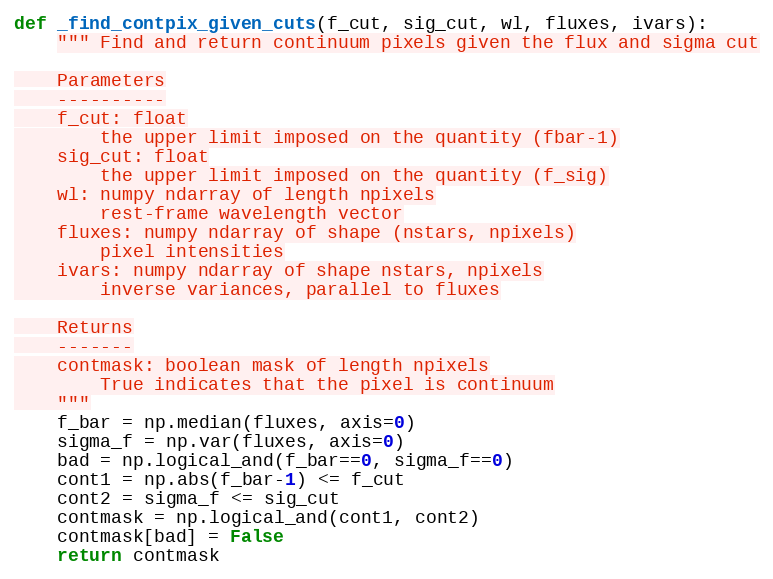
Language: Python
def _find_contpix_given_cuts(f_cut, sig_cut, wl, fluxes, ivars):
    """ Find and return continuum pixels given the flux and sigma cut

    Parameters
    ----------
    f_cut: float
        the upper limit imposed on the quantity (fbar-1)
    sig_cut: float
        the upper limit imposed on the quantity (f_sig)
    wl: numpy ndarray of length npixels
        rest-frame wavelength vector
    fluxes: numpy ndarray of shape (nstars, npixels)
        pixel intensities
    ivars: numpy ndarray of shape nstars, npixels
        inverse variances, parallel to fluxes

    Returns
    -------
    contmask: boolean mask of length npixels
        True indicates that the pixel is continuum
    """
    f_bar = np.median(fluxes, axis=0)
    sigma_f = np.var(fluxes, axis=0)
    bad = np.logical_and(f_bar==0, sigma_f==0)
    cont1 = np.abs(f_bar-1) <= f_cut
    cont2 = sigma_f <= sig_cut
    contmask = np.logical_and(cont1, cont2)
    contmask[bad] = False
    return contmask